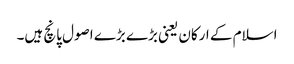
اسلام کے ارکان یعنی بڑے بڑے اصول پانچ ہیں۔